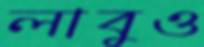
লাবুও